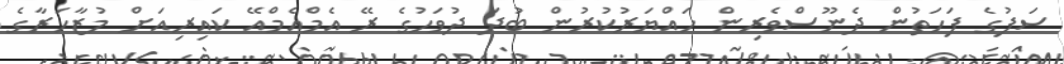
ސަފުގެ ފަހަތުން ދެނޫސްވެރިން ހައްޔަރުކުރުން ބުދަ ދުވަހުގެ ރޭ އެމްއެމްއޭ ކައިރިއަށް މުޒާހަރާގެ